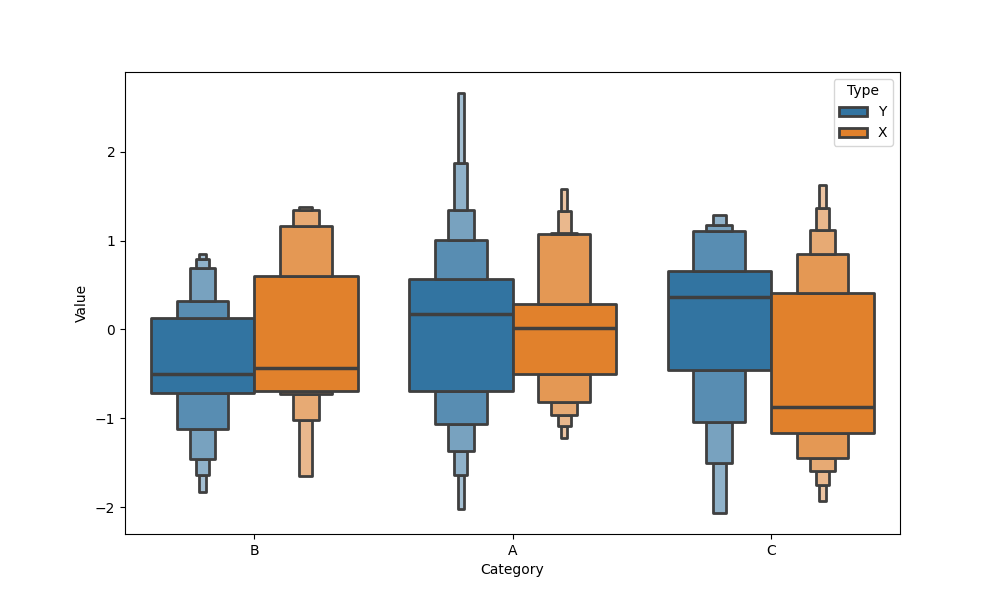
python, seaborn, boxenplot, k_depth='full', linewidth=2, scale='exponential', outlier_prop=0.1, showfliers=True